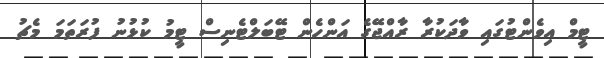
ޓީމް އިވެންޓުގައި ވާދަކުރާ ރާއްޖޭގެ އަންހެން ޓޭބަލްޓެނިސް ޓީމު ކުޅުނު ފުރަތަމަ މެޗު